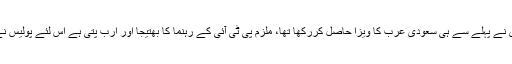
مجاہد آفریدی نے پہلے سے ہی سعودی عرب کا ویزا حاصل کررکھا تھا، ملزم پی ٹی آئی کے رہنما کا بھتیجا اور ارب پتی ہے اس لئے پولیس نے نہیں پکڑا۔